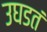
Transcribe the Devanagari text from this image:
उघडतं